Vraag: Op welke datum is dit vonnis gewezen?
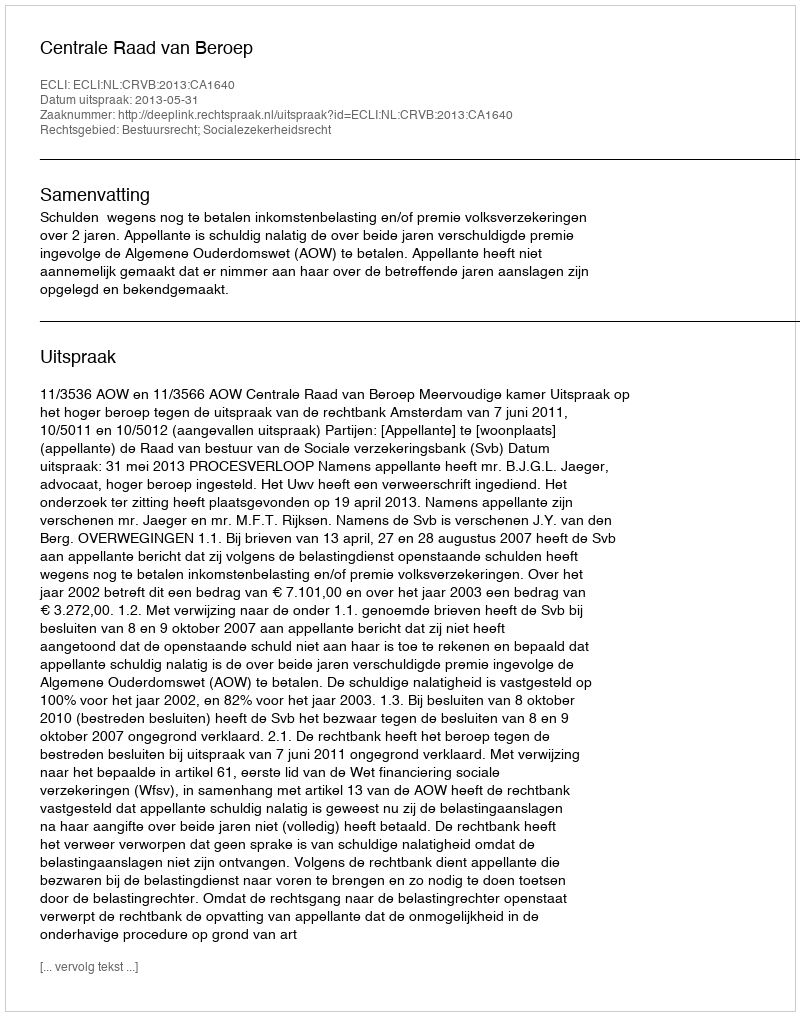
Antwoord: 2013-05-31